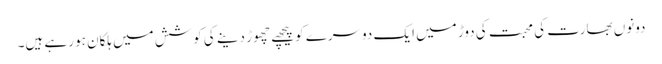
دونوں بھارت کی محبت کی دوڑ میں ایک دوسرے کو پیچھے چھوڑ دینے کی کوشش میں ہلکان ہو رہے ہیں۔